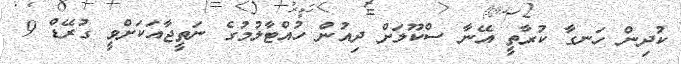
ކުދިން ހަނގާ ކުރާތީ އޭނާ ސްކޫލަށް ދިއުން ހުއްޓާލުމުގެ ނަތީޖާއަކަށްވީ ގުރޭޑް 9